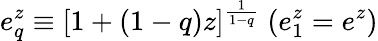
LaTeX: e_{q}^{z}\equiv[1+(1-q)z]^{\frac{1}{1-q}}\; (e_{1}^{z}=e^{z})